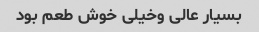
بسیار عالی وخیلی خوش طعم بود